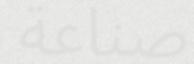
صناعة